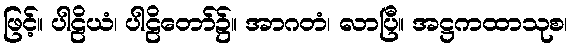
ဖြင့်။ ပါဠိယံ၊ ပါဠိတော်၌။ အာဂတံ၊ လာပြီ။ အဋ္ဌကထာသုစ၊